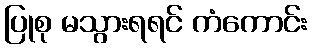
ပြုစု မသွားရရင် ကံကောင်း